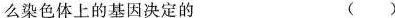
么染色体上的基因决定的 （ ）